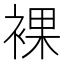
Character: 裸